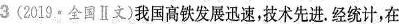
3(2019.全国Ⅱ文)我国高铁发展迅速，技术先进。经统计，在